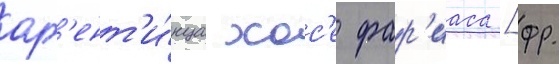
арг'ент'и́нца хос'е фар'иаса [фр.